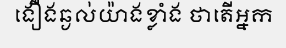
ងឿងឆ្ងល់យ៉ាងខ្លាំង ថាតើអ្នក